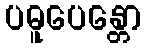
ပဓူပေန္တော